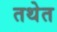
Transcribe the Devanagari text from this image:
तथेत